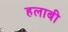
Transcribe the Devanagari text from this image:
हलाबी